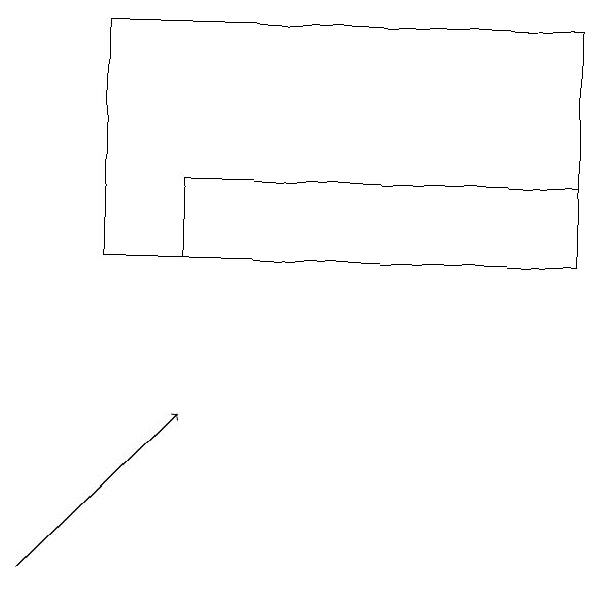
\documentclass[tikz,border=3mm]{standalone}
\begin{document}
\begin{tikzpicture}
\draw (9,17) rectangle (4,16);
\draw (9,16) rectangle (3,19);
\draw[->] (2,12) -- (4,14);
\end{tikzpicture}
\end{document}